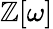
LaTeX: \mathbb{Z}[\omega]